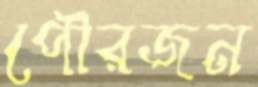
পৌরজন